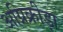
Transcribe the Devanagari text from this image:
अग्निक्रीड़ा